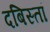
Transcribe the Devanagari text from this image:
दबिस्तां